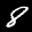
Label: 8